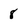
Character: 8